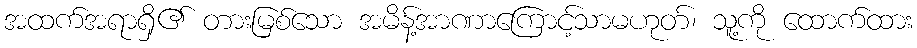
အထက်အရာရှိ၏ တားမြစ်သော အမိန့်အာဏာကြောင့်သာမဟုတ်၊ သူ့ကို ထောက်ထား